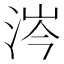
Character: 涔